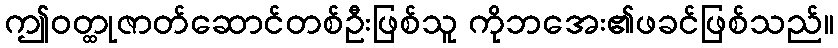
ဤဝတ္ထုဇာတ်ဆောင်တစ်ဦးဖြစ်သူ ကိုဘအေး၏ဖခင်ဖြစ်သည်။